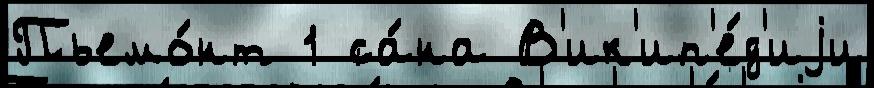
Пьемо́нт 1 са́на В'ик'ип'е́д'иjи